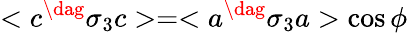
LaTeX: <c^{\dag}\sigma_{3}c>=<a^{\dag}\sigma_{3}a>\cos\phi